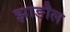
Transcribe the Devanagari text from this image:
झाङौल